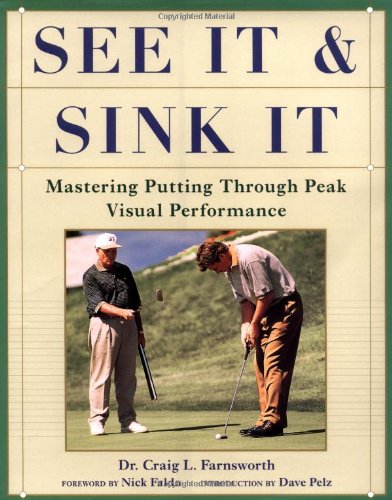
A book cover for See It and Sink It: Mastering Putting Through Peak Visual Peformance; Craig L. Farnsworth; Sports & Outdoors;